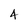
Character: 4